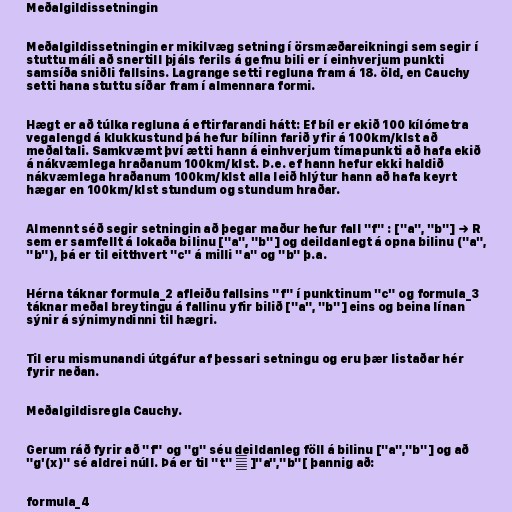
Meðalgildissetningin

Meðalgildissetningin er mikilvæg setning í örsmæðareikningi sem segir í
stuttu máli að snertill þjáls ferils á gefnu bili er í einhverjum punkti
samsíða sniðli fallsins. Lagrange setti regluna fram á 18. öld, en Cauchy
setti hana stuttu síðar fram í almennara formi.

Hægt er að túlka regluna á eftirfarandi hátt: Ef bíl er ekið 100 kílómetra
vegalengd á klukkustund þá hefur bílinn farið yfir á 100km/klst að
meðaltali. Samkvæmt því ætti hann á einhverjum tímapunkti að hafa ekið
á nákvæmlega hraðanum 100km/klst. Þ.e. ef hann hefur ekki haldið
nákvæmlega hraðanum 100km/klst alla leið hlýtur hann að hafa keyrt
hægar en 100km/klst stundum og stundum hraðar.

Almennt séð segir setningin að þegar maður hefur fall "f" : ["a", "b"] → R
sem er samfellt á lokaða bilinu ["a", "b"] og deildanlegt á opna bilinu ("a",
"b"), þá er til eitthvert "c" á milli "a" og "b" þ.a.

Hérna táknar formula_2 afleiðu fallsins "f" í punktinum "c" og formula_3
táknar meðal breytingu á fallinu yfir bilið ["a", "b"] eins og beina línan
sýnir á sýnimyndinni til hægri.

Til eru mismunandi útgáfur af þessari setningu og eru þær listaðar hér
fyrir neðan.

Meðalgildisregla Cauchy.

Gerum ráð fyrir að "f" og "g" séu deildanleg föll á bilinu ["a","b"] og að
"g'(x)" sé aldrei núll. Þá er til "t" ∈ ]"a","b"[ þannig að:

formula_4